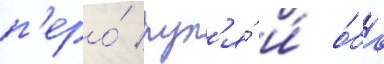
п'еро́ рул'я́ и́ о́ба